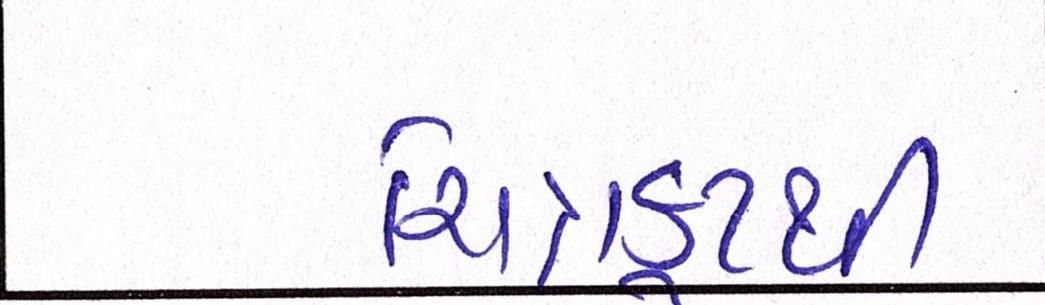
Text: ચિત્રકૂટથી